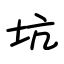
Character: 坑